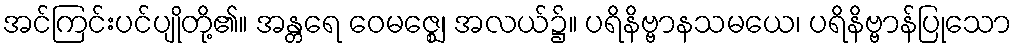
အင်ကြင်းပင်ပျိုတို့၏။ အန္တရေ ဝေမဇ္ဈေ၊ အလယ်၌။ ပရိနိဗ္ဗာနသမယေ၊ ပရိနိဗ္ဗာန်ပြုသော